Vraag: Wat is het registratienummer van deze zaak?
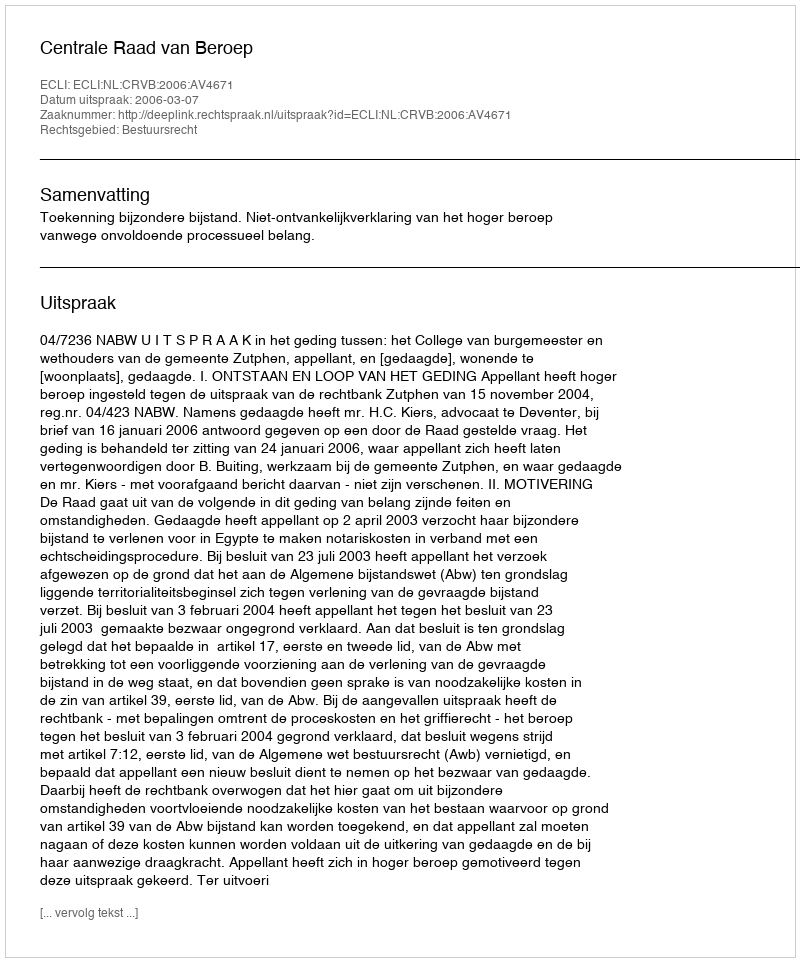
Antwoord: http://deeplink.rechtspraak.nl/uitspraak?id=ECLI:NL:CRVB:2006:AV4671